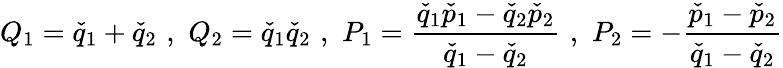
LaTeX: Q_{1}=\check{q}_{1}+\check{q}_{2}\, \, ,\, \, Q_{2}=\check{q}_{1}\check{q}_{2}\, \, ,\, \, P_{1}=\frac{\check{q}_{1}\check{p}_{1}-\check{q}_{2}\check{p}_{2}}{\check{q}_{1}-\check{q}_{2}}\, \, ,\, \, P_{2}=-\frac{\check{p}_{1}-\check{p}_{2}}{\check{q}_{1}-\check{q}_{2}}